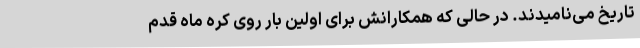
تاریخ می‌نامیدند. در حالی که همکارانش برای اولین بار روی کره ماه قدم